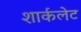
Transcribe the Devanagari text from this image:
शार्कलेट